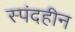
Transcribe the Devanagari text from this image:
स्पंदहीन